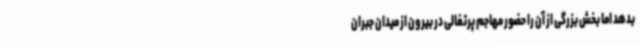
بدهد اما بخش بزرگی از آن را حضور مهاجم پرتغالی در بیرون از میدان جبران